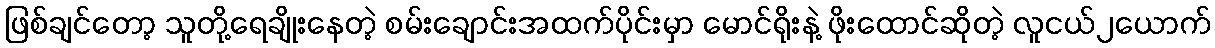
ဖြစ်ချင်တော့ သူတို့ရေချိုးနေတဲ့ စမ်းချောင်းအထက်ပိုင်းမှာ မောင်ရိုးနဲ့ ဖိုးထောင်ဆိုတဲ့ လူငယ်၂ယောက်